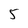
Character: 5